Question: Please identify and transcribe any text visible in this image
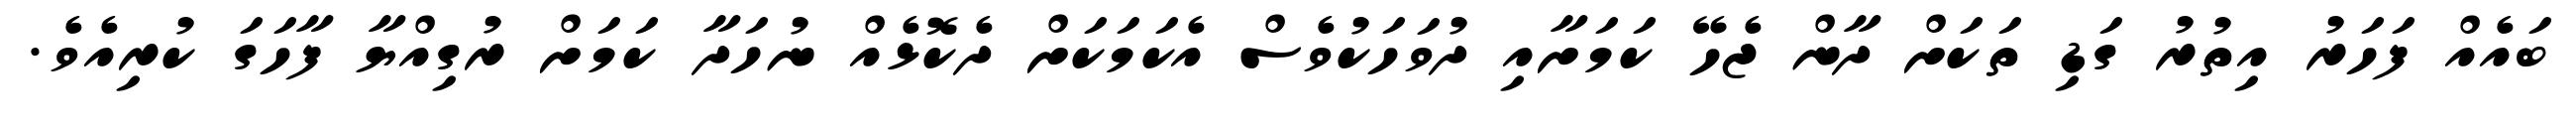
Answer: ބައެއް ފަހަރު އިތުރު ގަޑި ތަކަށް ދާން ޖެހޭ ކަމަށާއި ދުވަހަކުވެސް އެކަމަކަށް ދެކޮޅެއް ނުހަދާ ކަމަށް ރުގިއްޔާ ފާހަގަ ކުރިއެވެ.